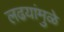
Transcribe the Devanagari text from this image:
लढयांमुळे